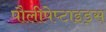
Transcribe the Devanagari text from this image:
पौलीपेप्टाइड्स